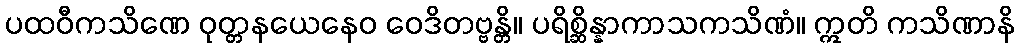
ပထဝီကသိဏေ ဝုတ္တနယေနေဝ ဝေဒိတဗ္ဗန္တိ။ ပရိစ္ဆိန္နာကာသကသိဏံ။ ဣတိ ကသိဏာနိ